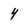
Character: 4